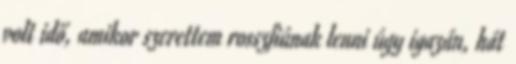
volt idő, amikor szerettem rosszfiúnak lenni úgy igazán, hát